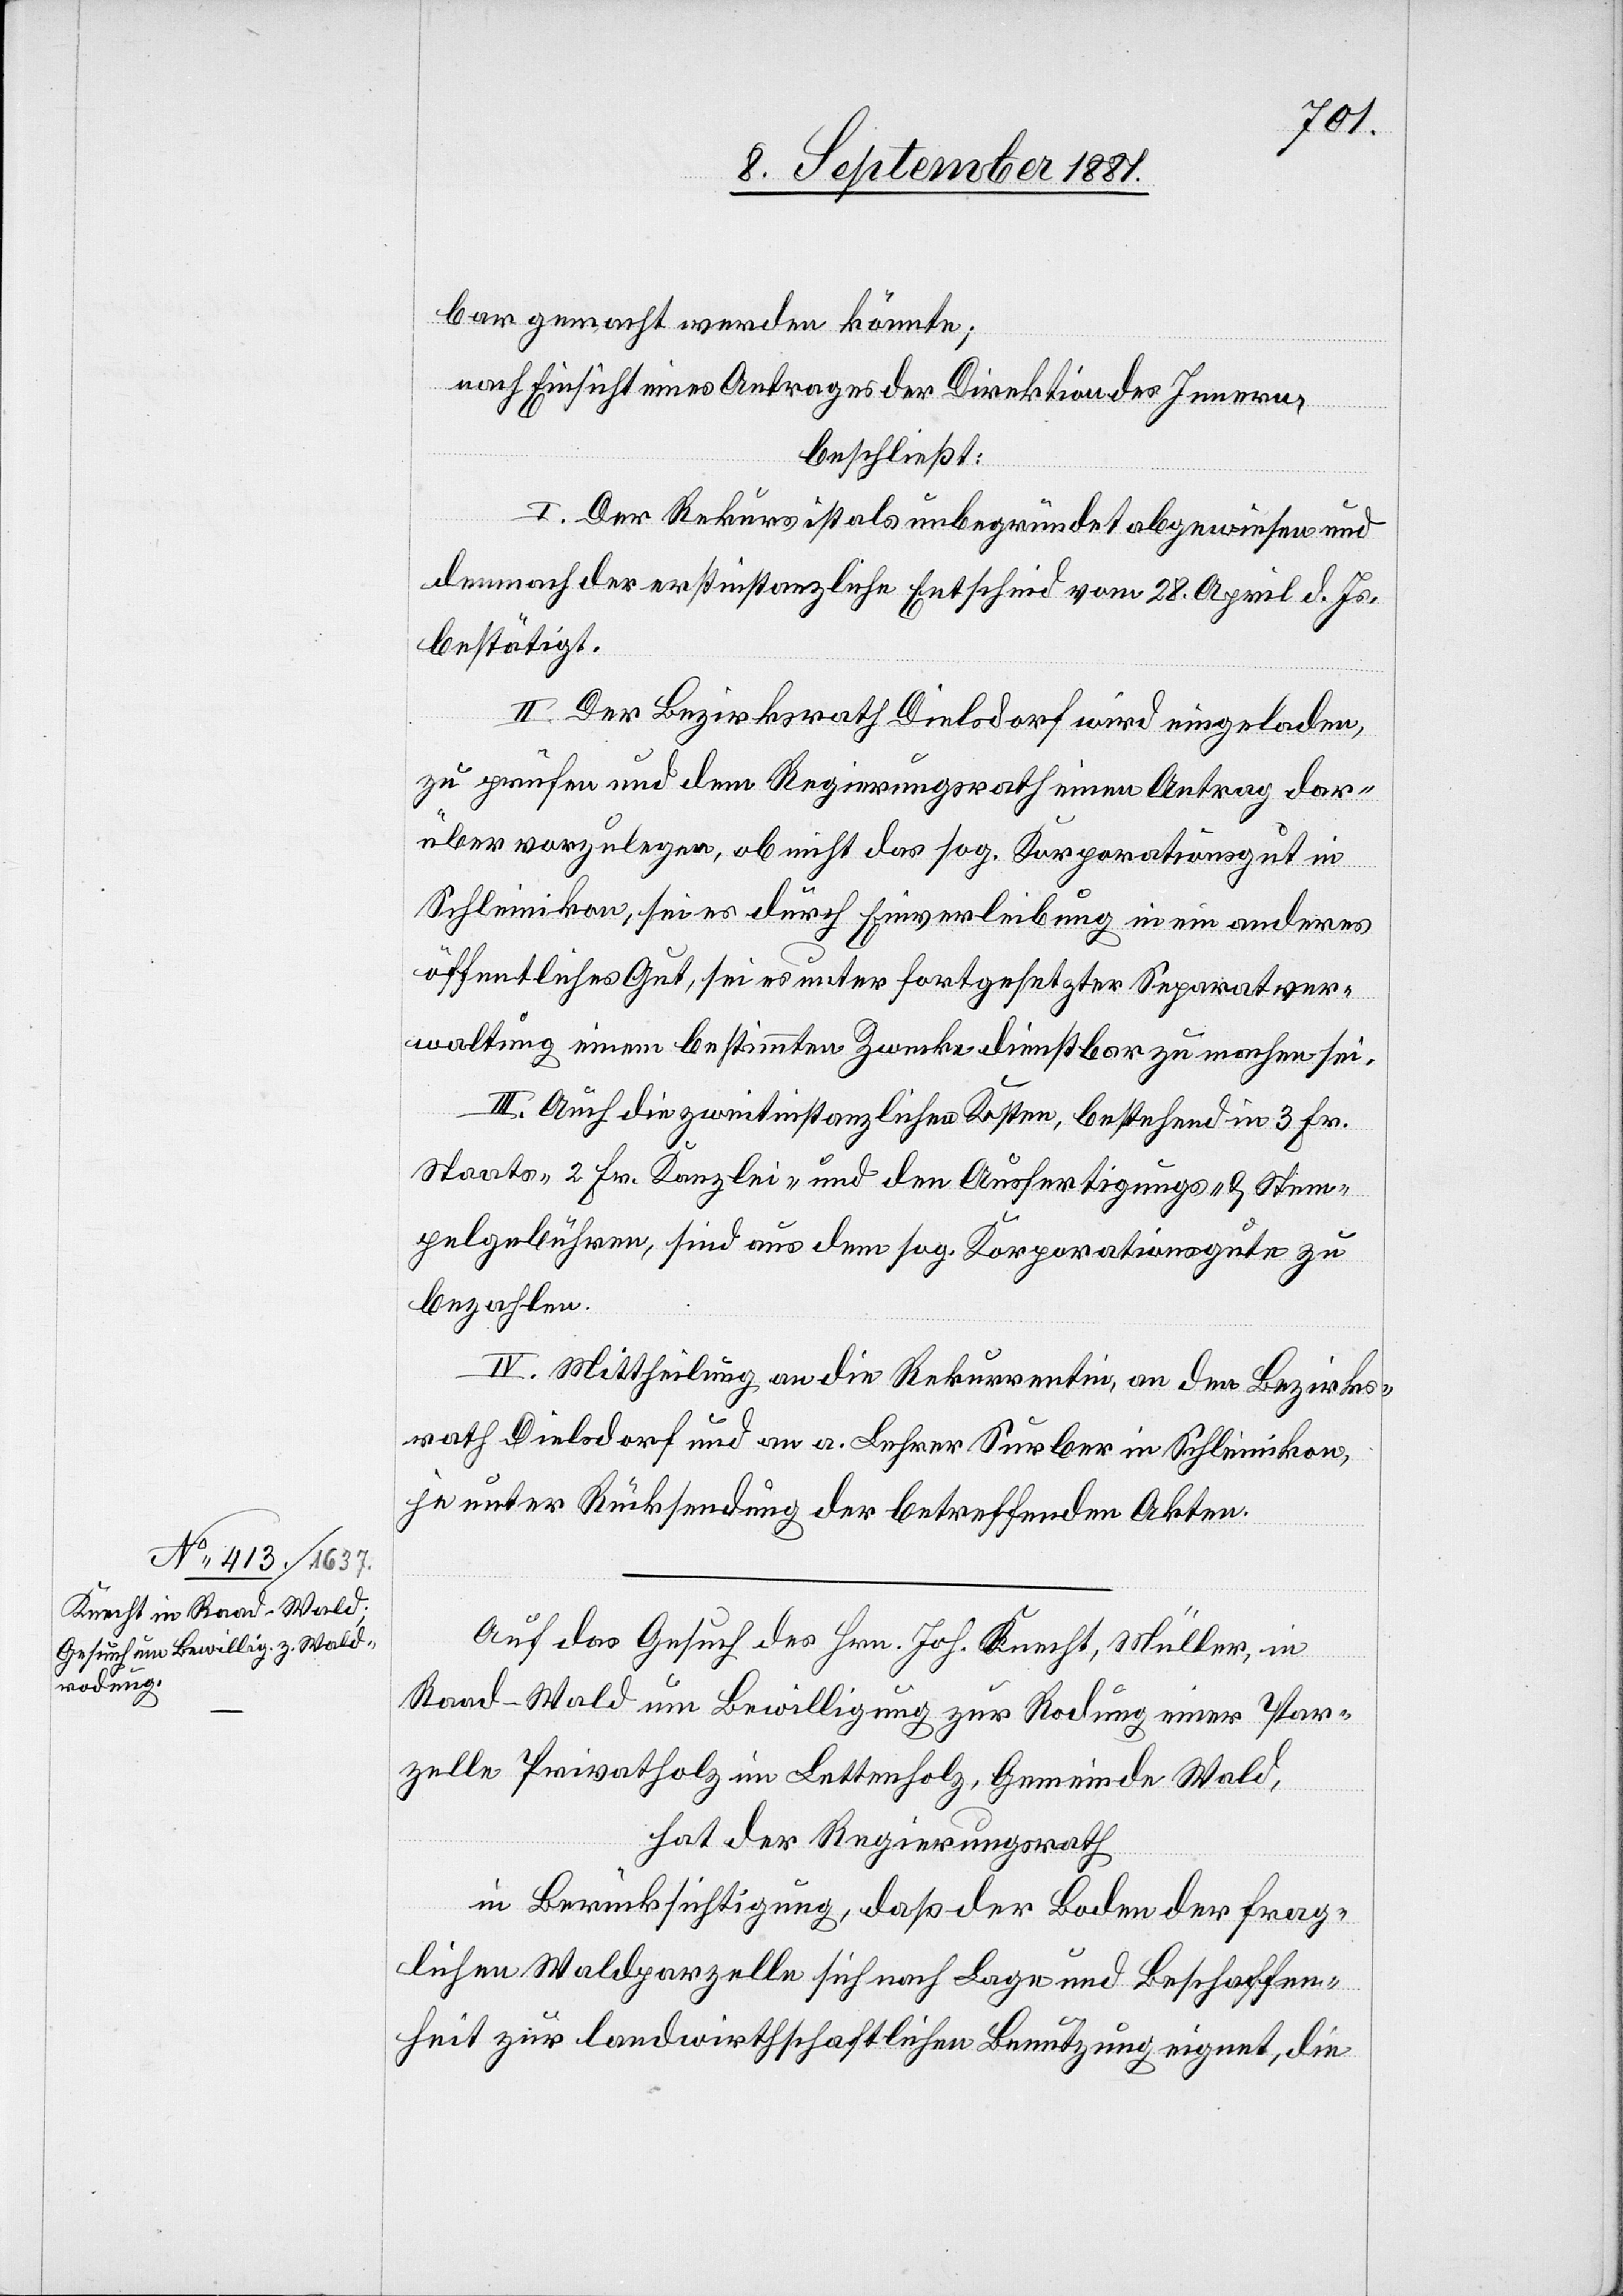
bar gemacht werden könnte;
nach Einsicht eines Antrages der Direktion des Innern,
beschließt:
I. Der Rekurs ist als unbegründet abgewiesen und
demnach der erstinstanzliche Entscheid vom 28. April d. Js.
bestätigt.
II. Der Bezirksrath Dielsdorf wird eingeladen,
zu prüfen und dem Regierungsrath einen Antrag dar¬
über vorzulegen, ob nicht das sog. Korporationsgut in
Schleinikon, sei es durch Einverleibung in ein anderes
öffentliches Gut, sei es unter fortgesetzter Separatver¬
waltung einem bestimmten Zwecke dienstbar zu machen sei.
III. Auch die zweitinstanzlichen Kosten, bestehend in 3. Fr.
Staats-[,] 2. Fr. Kanzlei- und den Ausfertigungs- & Stem¬
pelgebühren, sind aus dem sog. Korporationsgute zu
bezahlen.
IV. Mittheilung an die Rekurrentin, an den Bezirks¬
rath Dielsdorf und an a. Lehrer Surber in Schleinikon,
je unter Rücksendung der betreffenden Akten.
Auf das Gesuch des Hrn. Joh. Knecht, Müller, in
Raad - Wald um Bewilligung zur Rodung einer Par¬
zelle Privatholz im Lettenholz, Gemeinde Wald,
hat der Regierungsrath
in Berücksichtigung, daß der Boden der frag¬
lichen Waldparzelle sich nach Lage und Beschaffen¬
heit zur landwirthschaftlichen Benutzung eignet, die